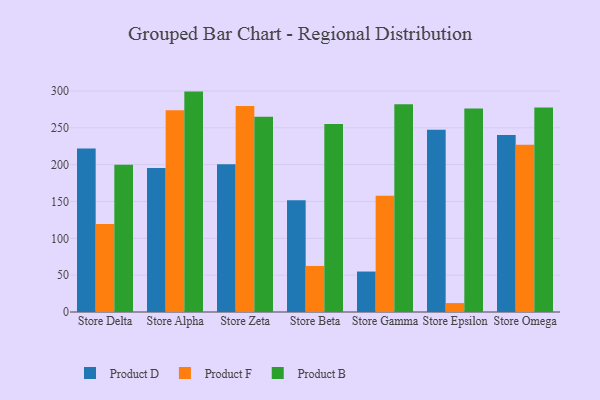
{"axis": {"x": "Store", "y": "Active Users"}, "legend": ["Product B", "Product D", "Product F"], "data": [{"x": "Store Delta", "y": 222.0, "type": "Product D"}, {"x": "Store Delta", "y": 119.4, "type": "Product F"}, {"x": "Store Delta", "y": 199.7, "type": "Product B"}, {"x": "Store Alpha", "y": 195.5, "type": "Product D"}, {"x": "Store Alpha", "y": 273.8, "type": "Product F"}, {"x": "Store Alpha", "y": 299.1, "type": "Product B"}, {"x": "Store Zeta", "y": 200.6, "type": "Product D"}, {"x": "Store Zeta", "y": 279.4, "type": "Product F"}, {"x": "Store Zeta", "y": 264.8, "type": "Product B"}, {"x": "Store Beta", "y": 151.7, "type": "Product D"}, {"x": "Store Beta", "y": 62.5, "type": "Product F"}, {"x": "Store Beta", "y": 255.0, "type": "Product B"}, {"x": "Store Gamma", "y": 54.9, "type": "Product D"}, {"x": "Store Gamma", "y": 157.7, "type": "Product F"}, {"x": "Store Gamma", "y": 282.1, "type": "Product B"}, {"x": "Store Epsilon", "y": 247.4, "type": "Product D"}, {"x": "Store Epsilon", "y": 12.1, "type": "Product F"}, {"x": "Store Epsilon", "y": 276.1, "type": "Product B"}, {"x": "Store Omega", "y": 240.1, "type": "Product D"}, {"x": "Store Omega", "y": 226.9, "type": "Product F"}, {"x": "Store Omega", "y": 277.6, "type": "Product B"}]}